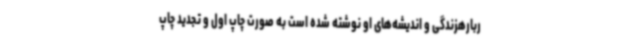
ربارهزندگی و اندیشه‌های او نوشته شده است به صورت چاپ اول و تجدید چاپ